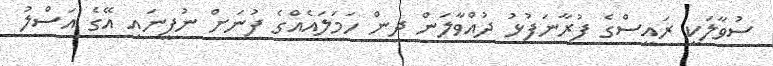
ސުވާލަކީ ރައީސްގެ ފުރާނަފުޅު ދުއްވާލަން ދިން ހަމަލައެއްގެ ފުނަށް ނުފީނައި އޭގެ އަސްލު